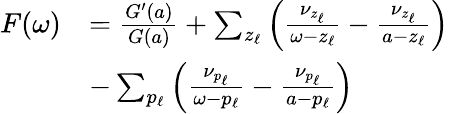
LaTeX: \begin{array}{r}{\begin{array}{rl}{F(\omega)}&{=\frac{G^{\prime}(a)}{G(a)}+\sum_{z_{\ell}}\left(\frac{\nu_{z_{\ell}}}{\omega-z_{\ell}}-\frac{\nu_{z_{\ell}}}{a-z_{\ell}}\right)}\\ &{-\sum_{p_{\ell}}\left(\frac{\nu_{p_{\ell}}}{\omega-p_{\ell}}-\frac{\nu_{p_{\ell}}}{a-p_{\ell}}\right)}\end{array}}\end{array}